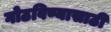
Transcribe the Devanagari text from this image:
गोठविण्यासाठी